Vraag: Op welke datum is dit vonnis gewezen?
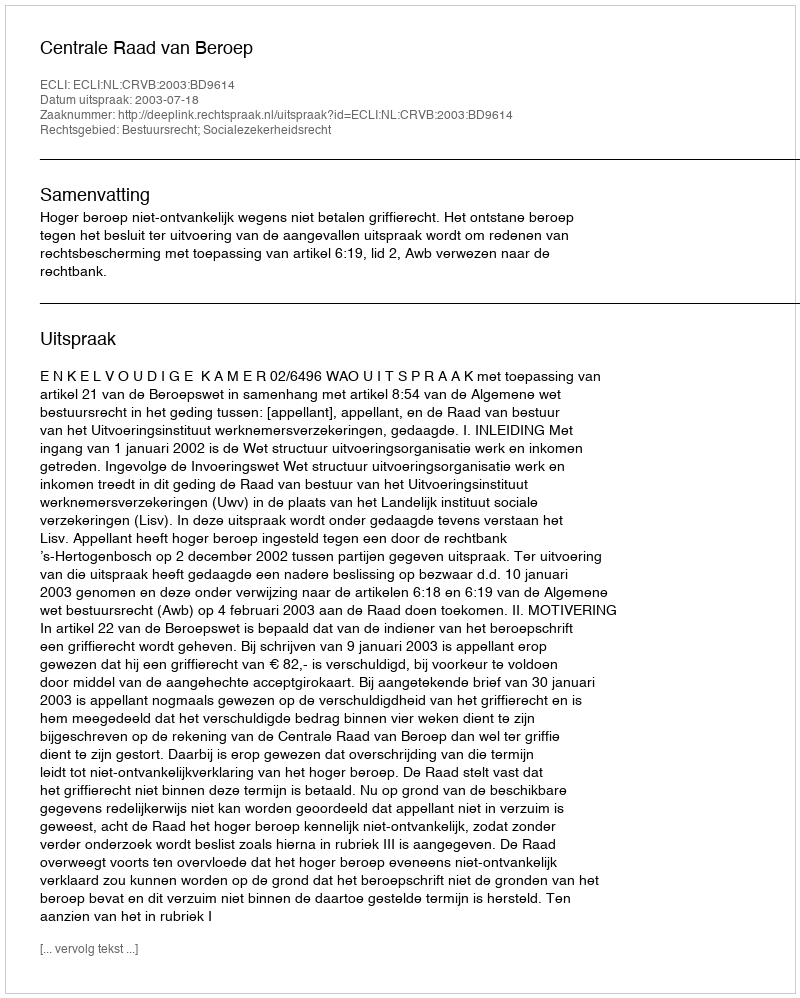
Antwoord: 2003-07-18